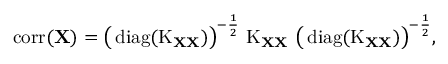
\operatorname { c o r r } ( \mathbf { X } ) = { \big ( } \operatorname { d i a g } ( \operatorname { K } _ { \mathbf { X } \mathbf { X } } ) { \big ) } ^ { - { \frac { 1 } { 2 } } } \, \operatorname { K } _ { \mathbf { X } \mathbf { X } } \, { \big ( } \operatorname { d i a g } ( \operatorname { K } _ { \mathbf { X } \mathbf { X } } ) { \big ) } ^ { - { \frac { 1 } { 2 } } } ,